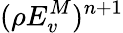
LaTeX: (\rho E_{v}^{M})^{n+1}